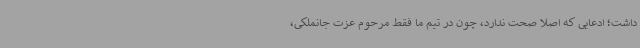
داشت؛ ادعایی که اصلا صحت ندارد، چون در تیم ما فقط مرحوم عزت جانملکی،